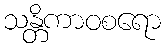
သန္တိကာဝစရော